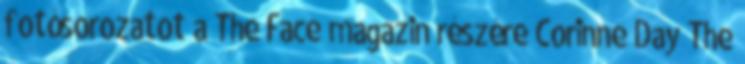
fotósorozatot a The Face magazin részére Corinne Day The